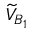
\widetilde { V } _ { B _ { 1 } }